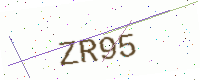
Text: ZR95